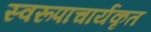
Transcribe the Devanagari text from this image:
स्वरूपाचार्यकृत